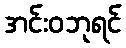
အင်းဝဘုရင်